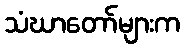
သံဃာတော်များက